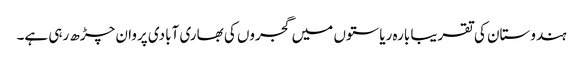
ہندوستان کی تقریبا بارہ ریاستوں میں گجروں کی بھاری آبادی پروان چڑھ رہی ہے۔